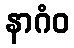
နာဂံဝ